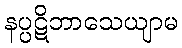
နပ္ပဋိဘာသေယျာမ